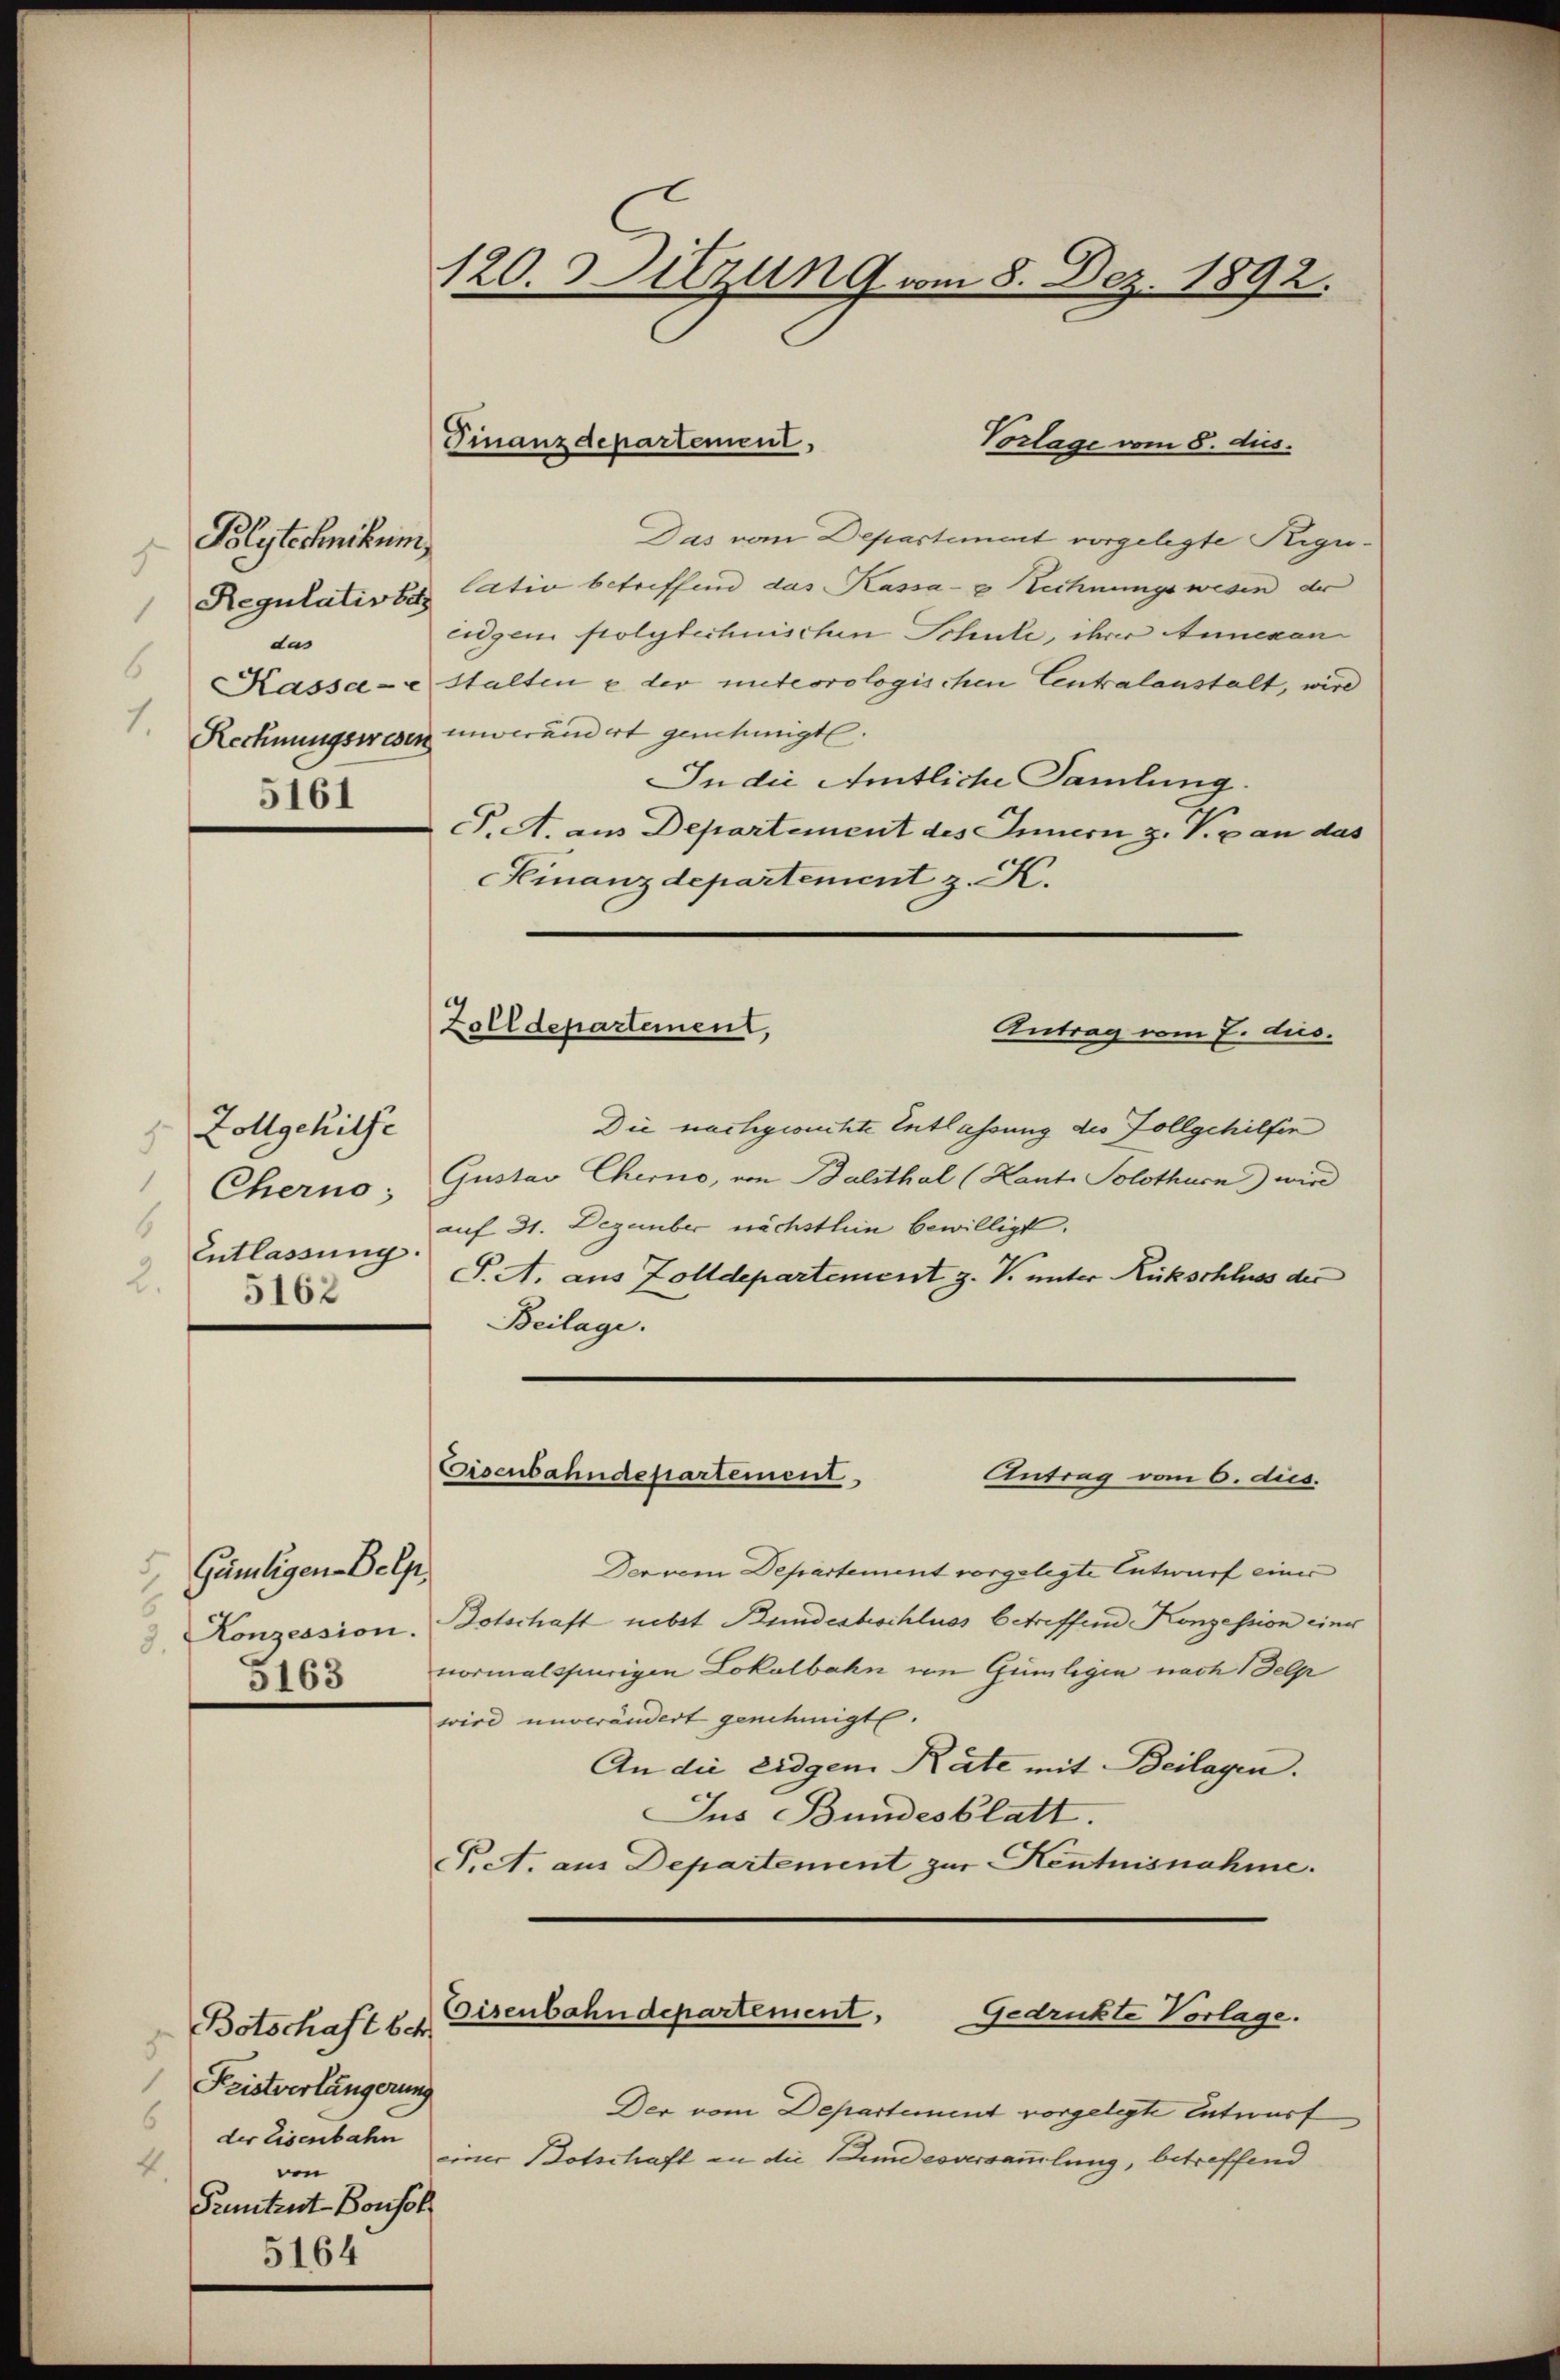
1
1
6

Blytechnikum
Regulativbeh
das
5161

Zollgehilfe
Cherno
6
Entlassung.
.
5162

Gämligen Delp
3.
5163

Botschaft betr.
1
Fristverlängerung
der Eisenbahn
4.
ven
Pruntrut Bonsol
5164

120. Sitzun 9 vom 8. Dez. 1892.

Finanzdepartement.
Vorlage vom 8. dus.

Das vom Departement vorgelegte Regulatio betreffend das Kassa- Rechnungswesen der
Eugen polytechnischen Schule, ihrer Annexen
Kassa-estalten e der miteorologischen Centralanstalt, wird
Rechnungswesen unverändert genehmigt.
In die Amtliche Samlung.
S. A. aus Departement des Innern z. V. an das
Finanzdepartement z. K.

Zolldepartement,
Antrag vom 7. dus.

Die nachgesuchte Entlassung des Zollgehilfen
Gustav Cherno, von Balsthal (Kant. Solothurn) wird
auf 31. Dezember nächsthin bewilligt.
S. A. aus Zolldepartement z. B. unter Rückschluss der
Beilage.

Eisenbahndepartement,
Antrag vom 6. dies.

Der vom Departement vorgelegte Entwurf einer
Konzession. Botschaft nebst Bundesbeschluss betreffend Konzession einer
vormalspurigen Lokalbahn von Gümlegen nach Delpr
wird unverändert genehmigt.
An die Eidgen. Räte mit Beilagen.
Jus Bundesblatt.
P.A. aus Departement zur Kentnisnahme.

Eisenbahndepartement,
Gedrukte Vorlage.

Der vom Departement vorgelegte Entwurf
einer Botschaft in die Bundesversammlung, betreffend